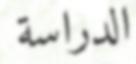
الدراسة